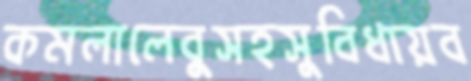
কমলালেবুসহসুবিধায়ব